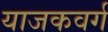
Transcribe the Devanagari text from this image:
याजकवर्ग